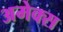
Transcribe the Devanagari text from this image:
अमेक्स